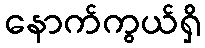
နောက်ကွယ်ရှိ